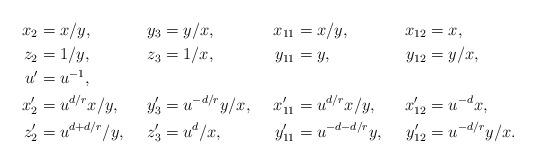
LaTeX: \begin{align*}x_2&=x/y, &y_3&=y/x, &x_{11}&=x/y, &x_{12}&=x,\\z_2&=1/y, &z_3&=1/x, &y_{11}&=y, &y_{12}&=y/x,\\u'&=u^{-1},\\x_2'&=u^{d/r}x/y, &y_3'&=u^{-d/r}y/x, &x_{11}'&=u^{d/r}x/y, &x_{12}'&=u^{-d}x,\\z_2'&=u^{d+d/r}/y, &z_3'&=u^d/x, &y_{11}'&=u^{-d-d/r}y, &y_{12}'&=u^{-d/r}y/x.\end{align*}